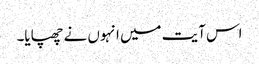
اس آیت میں انہوں نے چھپایا۔